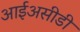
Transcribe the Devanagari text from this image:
आईअसीडी